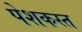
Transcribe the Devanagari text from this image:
पेशकस्त